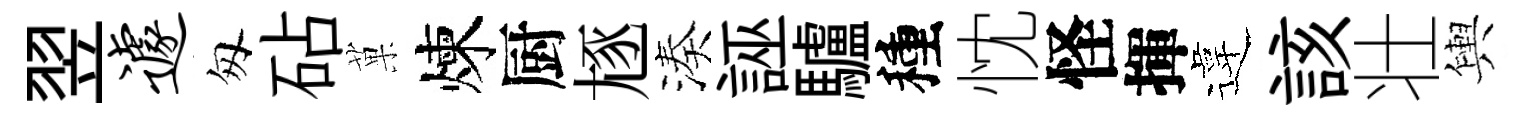
翌遽匆砧菓煉厨豗湊誣驢種忱怪揮違該壮輿